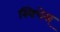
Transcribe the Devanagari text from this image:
स्विचेस्